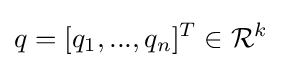
q=[q_{1},...,q_{n}]^{T}\in {\mathcal {R}}^{k}